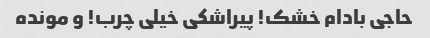
حاجی بادام خشک! پیراشکی خیلی چرب! و مونده